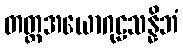
တတ္တအယောဂုဠသန္နိဘံ